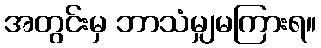
အတွင်းမှ ဘာသံမျှမကြားရ။